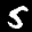
Label: 5